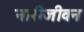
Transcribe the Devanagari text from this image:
नारीजीवन